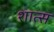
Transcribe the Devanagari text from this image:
शात्स